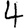
Digit: 4